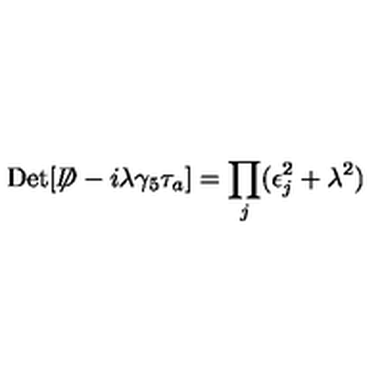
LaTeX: \mathrm { D e t } [ \not \! \! D - i \lambda \gamma _ { 5 } \tau _ { a } ] = \prod _ { j } ( \epsilon _ { j } ^ { 2 } + \lambda ^ { 2 } )